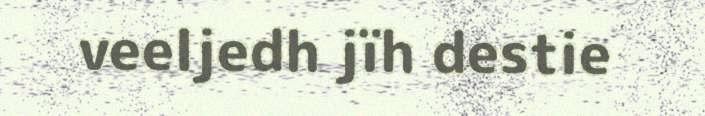
veeljedh jïh destie